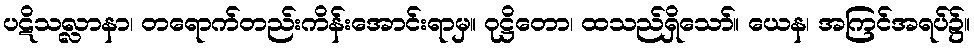
ပဋိသလ္လာနာ၊ တရောက်တည်းကိန်းအောင်းရာမှ။ ဝုဋ္ဌိတော၊ ထသည်ရှိသော်။ ယေန၊ အကြင်အရပ်၌။